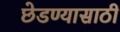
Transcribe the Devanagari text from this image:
छेडण्यासाठी